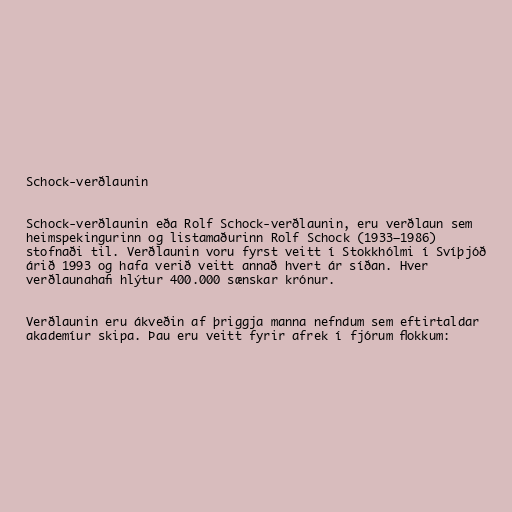
Schock-verðlaunin

Schock-verðlaunin eða Rolf Schock-verðlaunin, eru verðlaun sem
heimspekingurinn og listamaðurinn Rolf Schock (1933–1986)
stofnaði til. Verðlaunin voru fyrst veitt í Stokkhólmi í Svíþjóð
árið 1993 og hafa verið veitt annað hvert ár síðan. Hver
verðlaunahafi hlýtur 400.000 sænskar krónur.

Verðlaunin eru ákveðin af þriggja manna nefndum sem eftirtaldar
akademíur skipa. Þau eru veitt fyrir afrek í fjórum flokkum: